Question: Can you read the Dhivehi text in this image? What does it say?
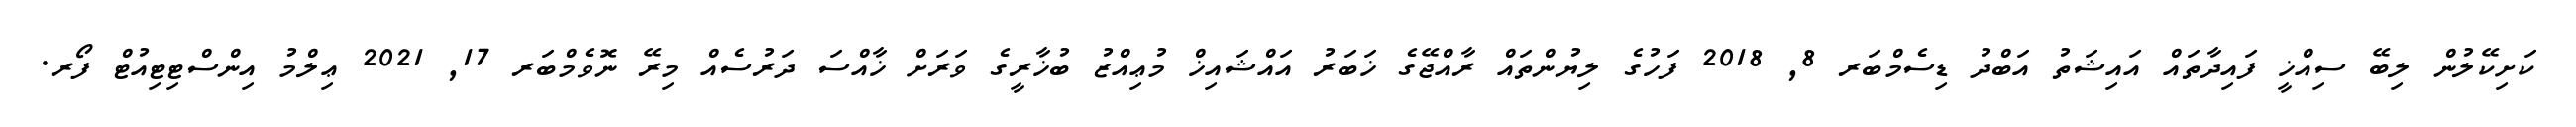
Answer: ކަށިކޭލުން ލިބޭ ސިއްޚީ ފައިދާތައް އައިޝަތު އަބްދު ޑިސެމްބަރ 8, 2018 ފަހުގެ ލިޔުންތައް ރާއްޖޭގެ ޚަބަރު އައްޝައިޚް މުޢިއްޒު ބުޚާރީގެ ވަރަށް ޚާއްސަ ދަރުސެއް މިރޭ ނޮވެމްބަރ 17, 2021 ޢިލްމު އިންސްޓިޓިއުޓް ފޯރ.